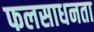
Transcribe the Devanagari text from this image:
फलसाधनता